Annual report of the Civil Veterinary Department, Bengal, for the year 1897-98 - 1897-1898
Year: 1897
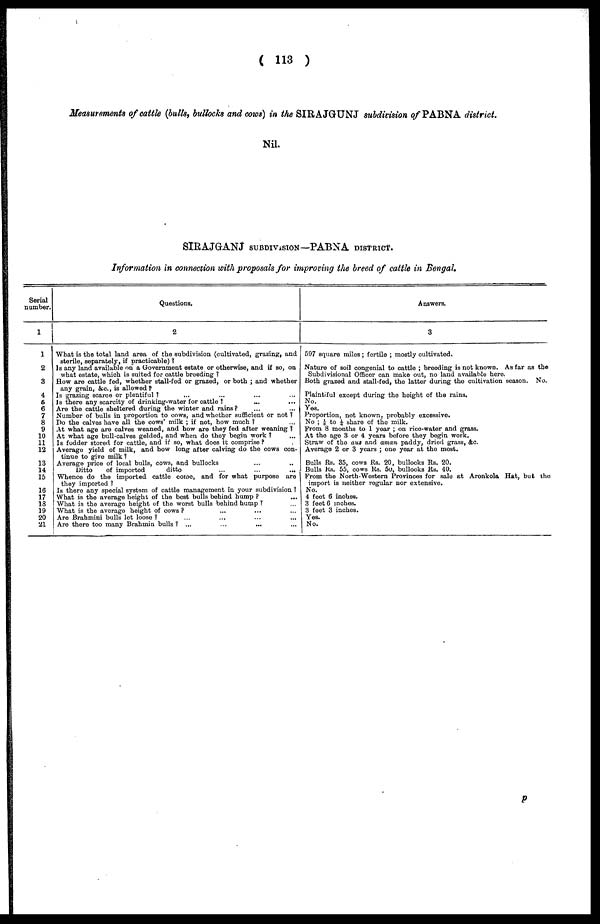
(113)
Measurements of cattle (bulls, bullocks and cows) in the SIRAJGUNJ subdivision of PABNA district
Nil.
SIRAJGANJ SUBDIVISION—PABNA DISTRICT.
Information in connection with proposals for improving the breed of cattle in Bengal.
Serial
number.
1
1
2
3
4
6
6
7
8
9
10
11
12
13
14
15
16
17
13
19
20
21
Questions.
2
What is the total land area of the subdivision (cultivated, grazing, and
sterile, separately, if practicable)?
Is any land available on a Government estate or otherwise, and if so, on
what estate, which is suited for cattle breeding?
How are cattle fed, whether stall-fed or grazed, or both; and whether
any grain, &c., is allowed?
Is grazing scarce or plentiful? ... ... ... ... ...
Is there any scarcity of drinking-water for cattle? ... ...
Are the cattle sheltered during the winter and rains? ... ...
Number of bulls in proportion to cows, and whether sufficient or not?
Do the calves have all the cows' milk; if not, how much? ...
At what age are calves weaned, and how are they fed after weaning?
At what age bull-calves gelded, and when do they begin work? ...
Is fodder stored for cattle, and if so, what does it comprise? ...
Average yield of milk, and how long after calving do the cows con-
tinue to give milk?
Average price of local bulls, cows, and bullocks ... ...
Ditto
of imported
ditto
...
...
...
Whence do the imported cattle come, and for what purpose are
they imported?
Is there any special system of cattle management in your subdivision?
What is the average height of the best bulls behind hump? ...
What is the average height of the worst bulls behind hump? ...
What is the average height of cows? ... ... ... ...
Are Brahmini bulls let loose? ... ... ... ...
Are there too many Brahmin bulls? ... ... ... ...
Answers.
3
597 square miles; fertile; mostly cultivated.
Nature of soil congenial to cattle; breeding is not known. As far as the
Subdivisional Officer can make out, no land available here.
Both grazed and stall-fed, the latter during the cultivation season. No.
Plaintiful except during the height of the rains.
No.
Yes.
Proportion, not known, probably excessive.
No; 1/8 to 1/4 share of the milk.
From 8 months to 1 year; on rice-water and grass.
At the age 3 or 4 years before they begin work.
Straw of the aus and aman paddy, dried grass, &c.
Average 2 or 3 years; one year at the most.
Bulls Rs. 35, cows Rs. 20, bullocks Rs. 20.
Bulls Rs. 55, cows Rs. 50, bullocks Rs. 40.
From the North-Western Provinces for sale at Aronkola Hat, but the
import is neither regular nor extensive.
No.
4 foot 6 inches.
3 feet 6 inches.
3 feet 3 inches.
Yes.
No.